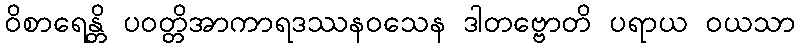
ဝိစာရေန္တိ ပဝတ္တိအာကာရဒဿနဝသေန ဒါတဗ္ဗောတိ ပရာယ ဝယသာ